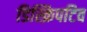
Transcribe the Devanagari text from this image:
डिस्क्रिपटिव